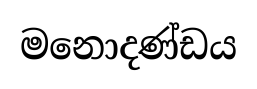
මනොදණ්ඩය